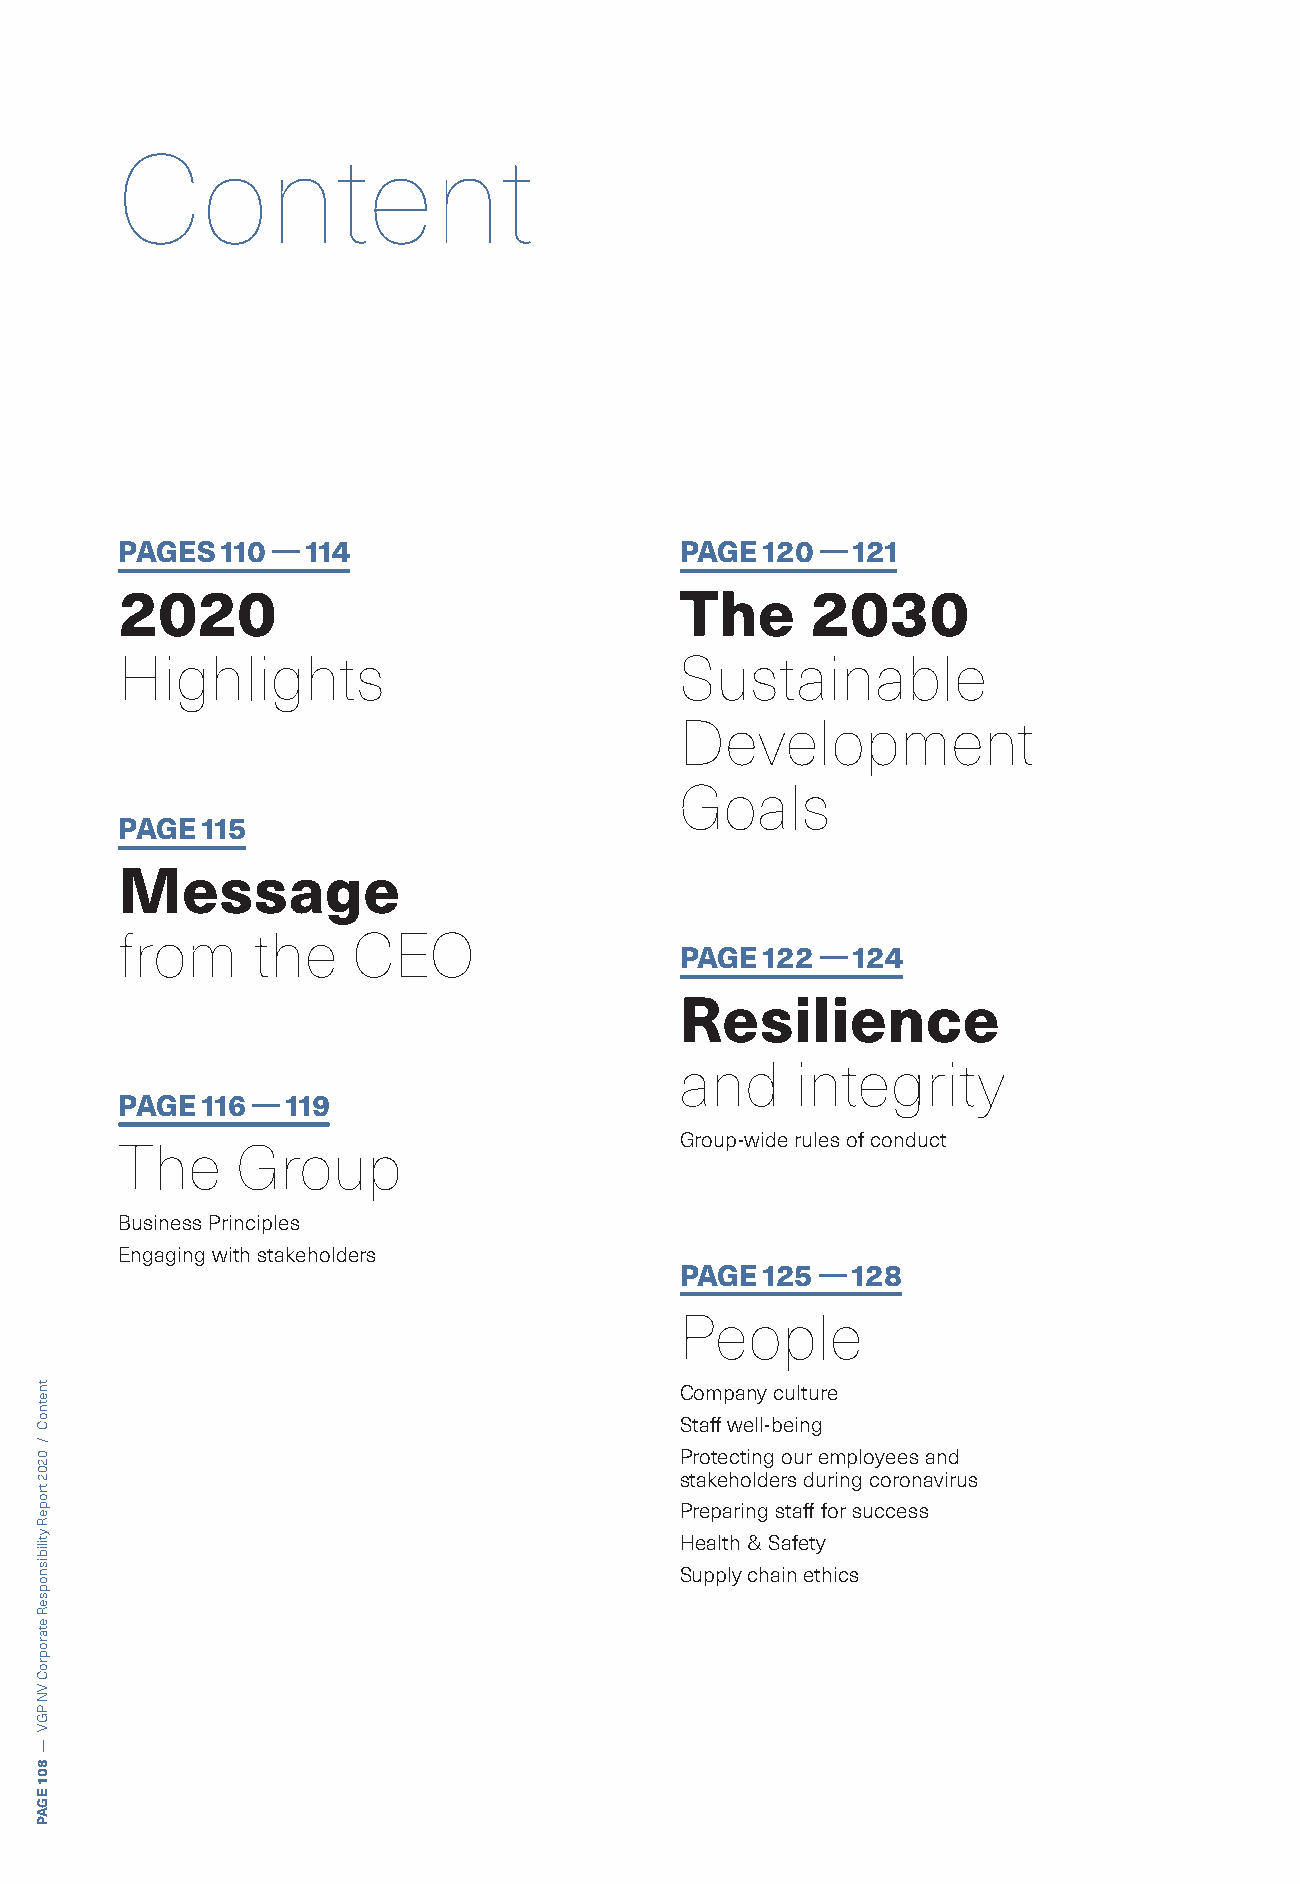
Content
 PAGES  110 — 114                     PAGE  120 — 121
 2020                                 The      2030
 Highlights                           Sustainable
 Development
 Goals
 PAGE 115
 Message
 from     the   CEO
 PAGE  122 — 124
 Resilience
 and     integrity
 PAGE 116 — 119
 Group-wide rules of conduct
 The     Group
 Business Principles
 Engaging with stakeholders
 PAGE  125 — 128
 People
 Company culture
 Staff well-being
 Protecting our employees and
 stakeholders during coronavirus
 Preparing staff for success
 Health & Safety
 Supply chain ethics
 tnetnoC
 /
 0202
 tropeR
 ytilibisnopseR
 etaroproC
 VN
 PGV
 —
 801
 EGAP